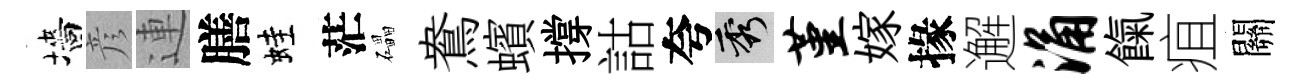
墻彦連膳蛙茫礧鴦蠙撐詁夸秀堇嫁掾邂涌餼疽關